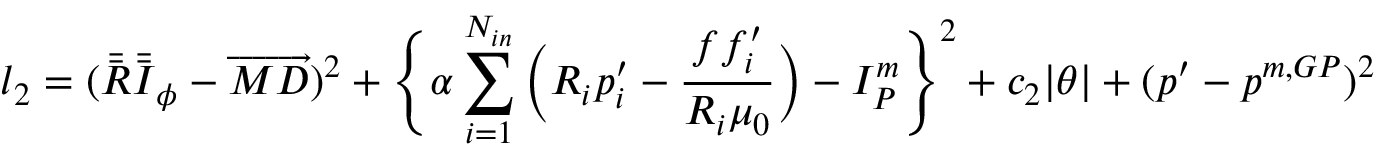
l _ { 2 } = ( \bar { \bar { \boldsymbol { R } } } \bar { \bar { \boldsymbol { I } } } _ { \phi } - \overrightarrow { M D } ) ^ { 2 } + \Bigg \{ \alpha \sum _ { i = 1 } ^ { N _ { i n } } \bigg ( R _ { i } p _ { i } ^ { \prime } - \frac { f f _ { i } ^ { \prime } } { R _ { i } \mu _ { 0 } } \bigg ) - I _ { P } ^ { m } \Bigg \} ^ { 2 } + c _ { 2 } | \theta | + ( p ^ { \prime } - p ^ { m , G P } ) ^ { 2 }